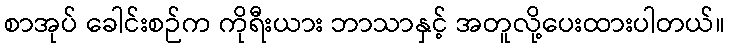
စာအုပ် ခေါင်းစဉ်က ကိုရီးယား ဘာသာနှင့် အတူလို့ပေးထားပါတယ်။